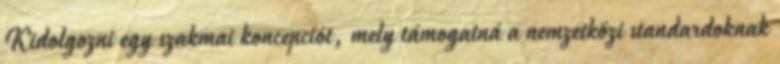
Kidolgozni egy szakmai koncepciót, mely támogatná a nemzetközi standardoknak